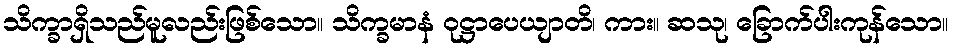
သိက္ခာရှိသည်မူလည်းဖြစ်သော။ သိက္ခမာနံ ဝုဋ္ဌာပေယျာတိ၊ ကား။ ဆသု၊ ခြောက်ပါးကုန်သော။